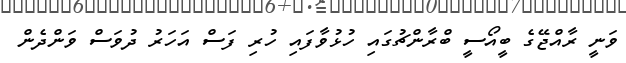
ވަނީ ރާއްޖޭގެ ބީއޯސީ ބްރާންޗުގައި ހުޅުވާފައި ހުރި ފަސް އަހަރު ދުވަސް ވަންދެން